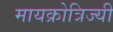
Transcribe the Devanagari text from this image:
मायक्रोत्रिज्यी